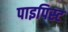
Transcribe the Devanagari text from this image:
पाइपिस्ट